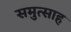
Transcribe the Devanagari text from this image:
समुत्साह